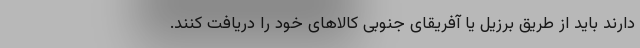
دارند باید از طریق برزیل یا آفریقای جنوبی کالاهای خود را دریافت کنند.